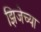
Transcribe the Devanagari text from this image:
झिजेच्या